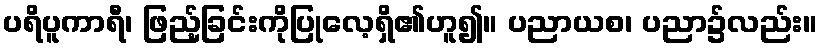
ပရိပူကာရီ၊ ဖြည့်ခြင်းကိုပြုလေ့ရှိ၏ဟူ၍။ ပညာယစ၊ ပညာ၌လည်း။